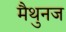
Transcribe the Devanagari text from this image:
मैथुनज